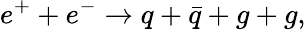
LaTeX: e^{+}+e^{-}\rightarrow q+\bar{q}+g+g,